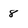
Character: 8